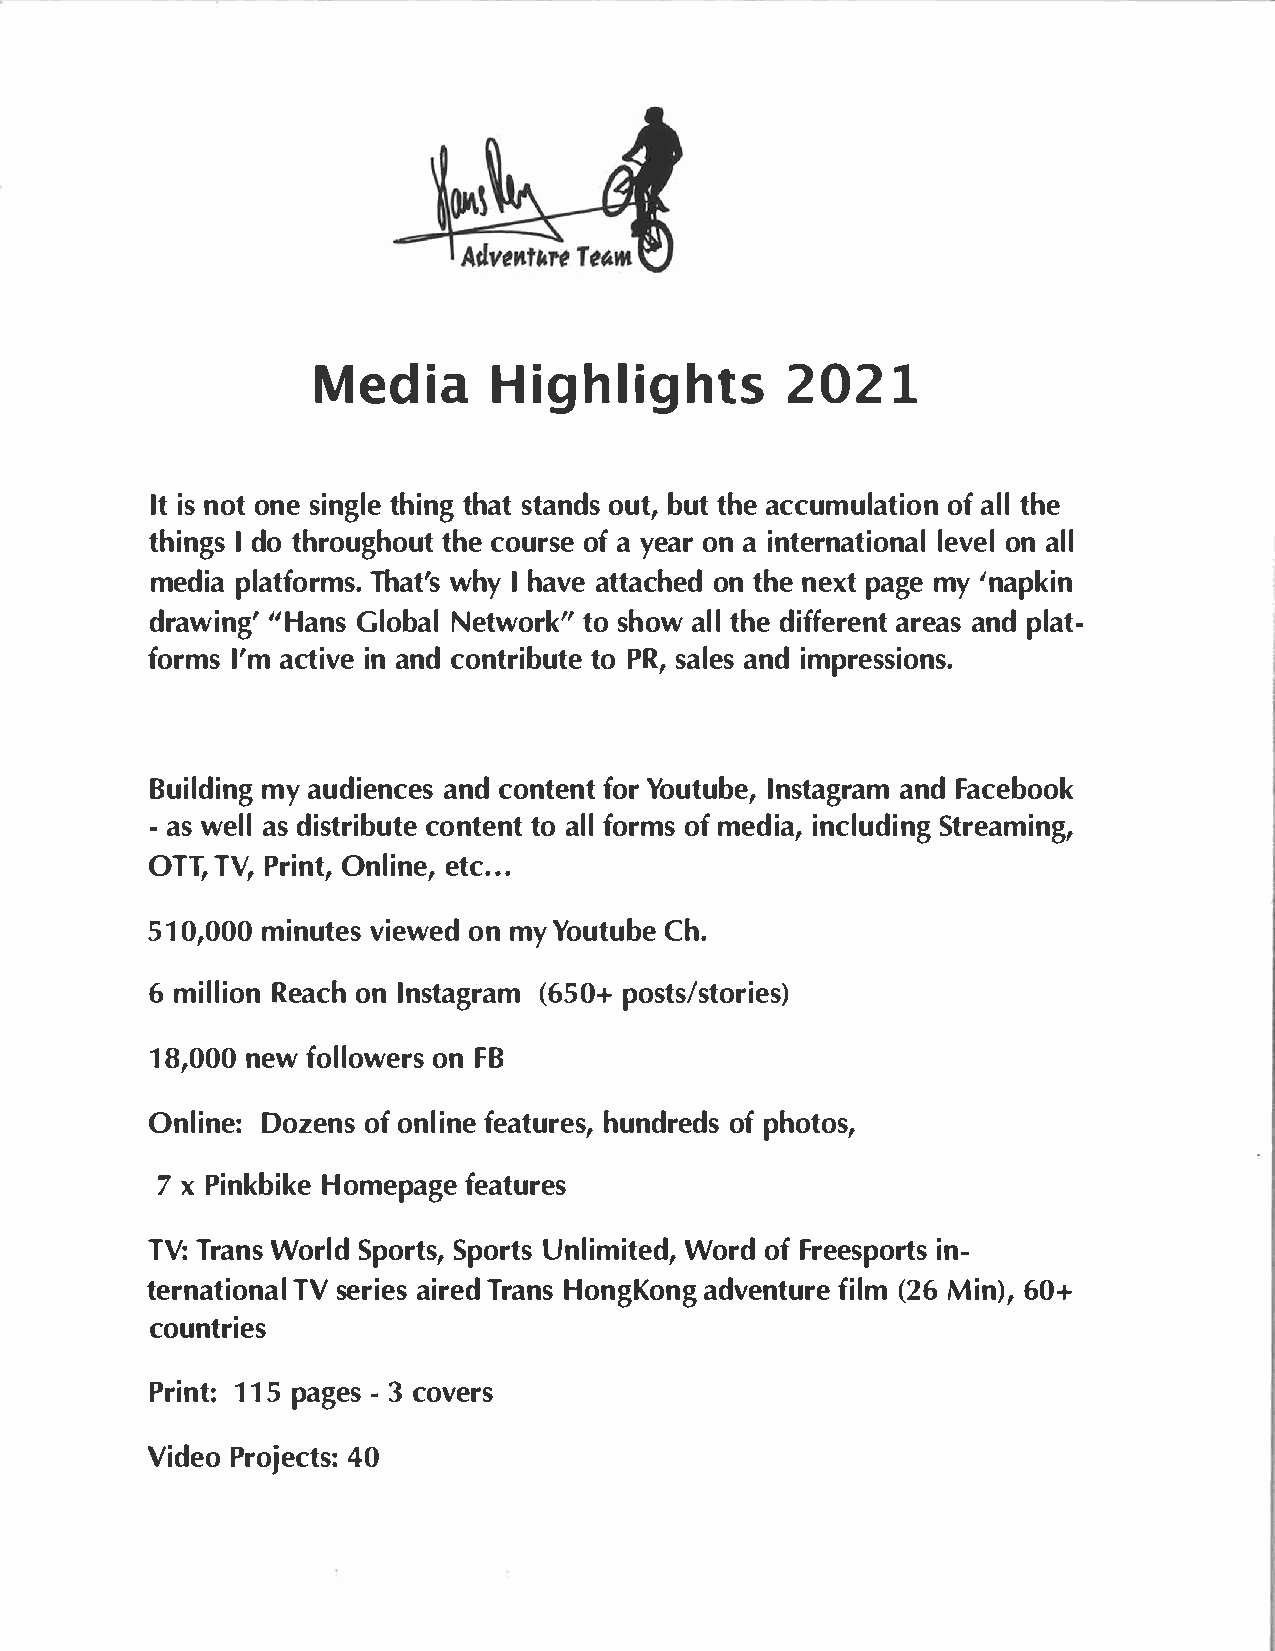
MediHai            ghli2g0h2t1s
 Itn   oiotsn sei ntghlitenh ga t osutbtau,ntt dh asec cumuolfaa lttlih oen
 thiInd  gots h routghhceoo uutor fsay e e oanra i nternlaetvoienaol ln la l
 medpilaa    tfTohrawmths'Iy.hs a vaet taocnht ehndee xpta gmey' napkin
 draw"iHnagGn'ls   o bNaelt wotrosk h"oa wlt lhd ei ffaerreeaannsptd l at­
 forImm's a ctiinav necd o ntrtioPb Rus,ta ela enisdm pressions.
 Builmdyia   nugd ieannccdeo sn tfeoYnrot u tlunbset,a agnrFdaa mc ebook
 -  awse alsld istributtoae   l  lc oofnfmot eredmniistna c,l uSdtirnega ming,
 OTTT,VP ,r  iOnntl,ie nt.ec., .
 510,m0i0n0u   vtieeswo enmd yY outCuhb.e
 6m illRieoaoncn hl nsta(g6r5ap0mo+ s ts/stories)
 18,0n0e0fw  o lloownFe Br  s
 OnliDnoez:eo    nfos n lfienaet huurnedsro,efp d hso tos,
 7   Pxi nkHboimkeep   age     features
 TVT:r  aWnosr Slpdo rtsU,n    lSipmoWirottreosddf F , r eesipno­rts
 ternaTtVsi    eornaiaielrTs er da ns HaodnvgeKnoftniug(lr 2mMe6 i n6)0,+
 countries
 Pri1n1tp5:a  g-e3cs o vers
 VidPeroo   j4e0c  ts: